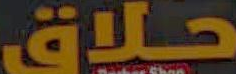
حلاق